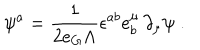
\psi ^ { a } = \frac { 1 } { 2 e _ { G } \Lambda } \epsilon ^ { a b } e _ { b } ^ { \mu } \, \partial _ { \mu } \psi \; .